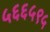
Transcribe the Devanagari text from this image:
५६६५९५